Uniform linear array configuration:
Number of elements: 4
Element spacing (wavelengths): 0.75
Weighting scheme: exponential
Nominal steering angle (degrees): -15
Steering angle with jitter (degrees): -14.258
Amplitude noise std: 0.05
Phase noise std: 0.05

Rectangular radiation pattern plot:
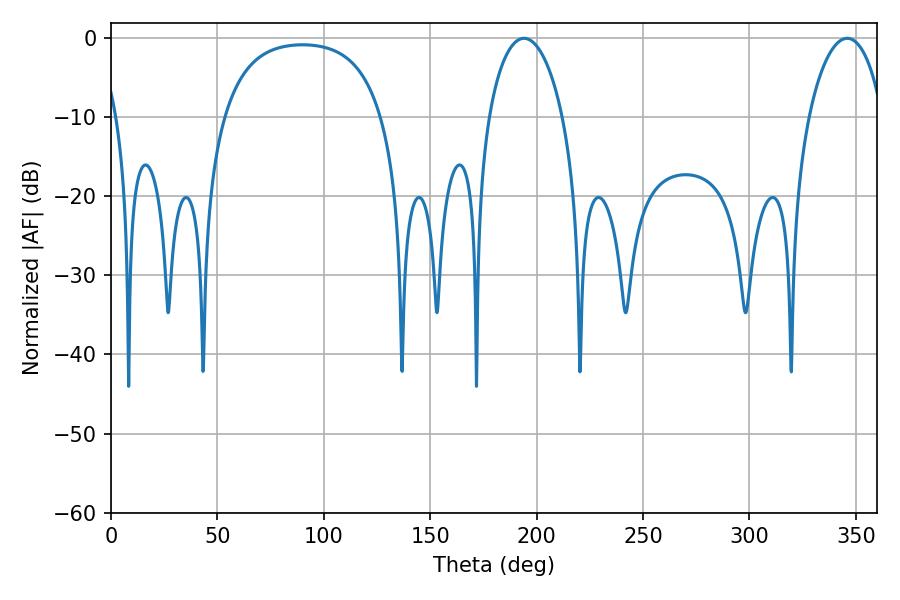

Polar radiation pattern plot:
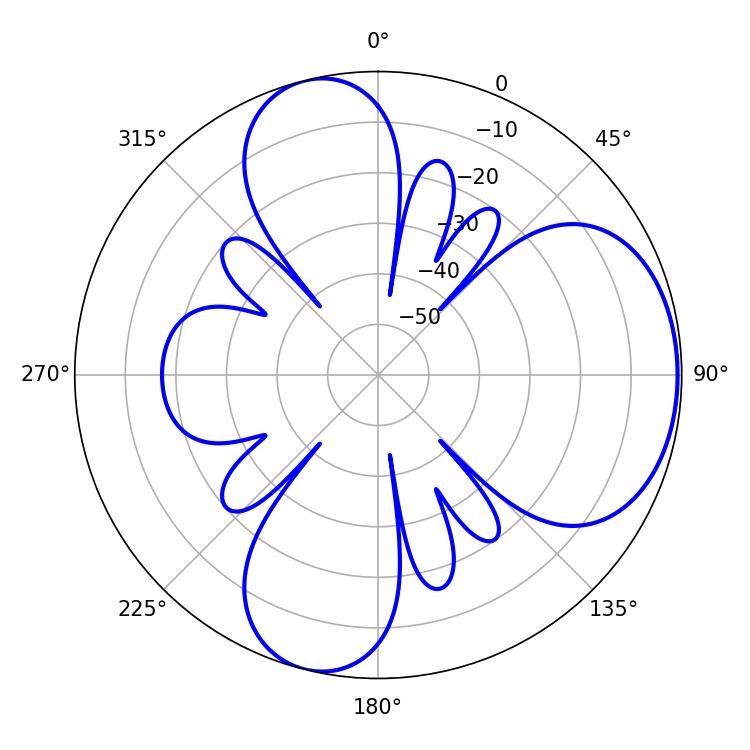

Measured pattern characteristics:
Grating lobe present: TRUE
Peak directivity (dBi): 5.965
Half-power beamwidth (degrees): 19.98
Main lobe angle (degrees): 194.04